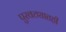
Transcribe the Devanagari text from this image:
पुरवठ्यातही